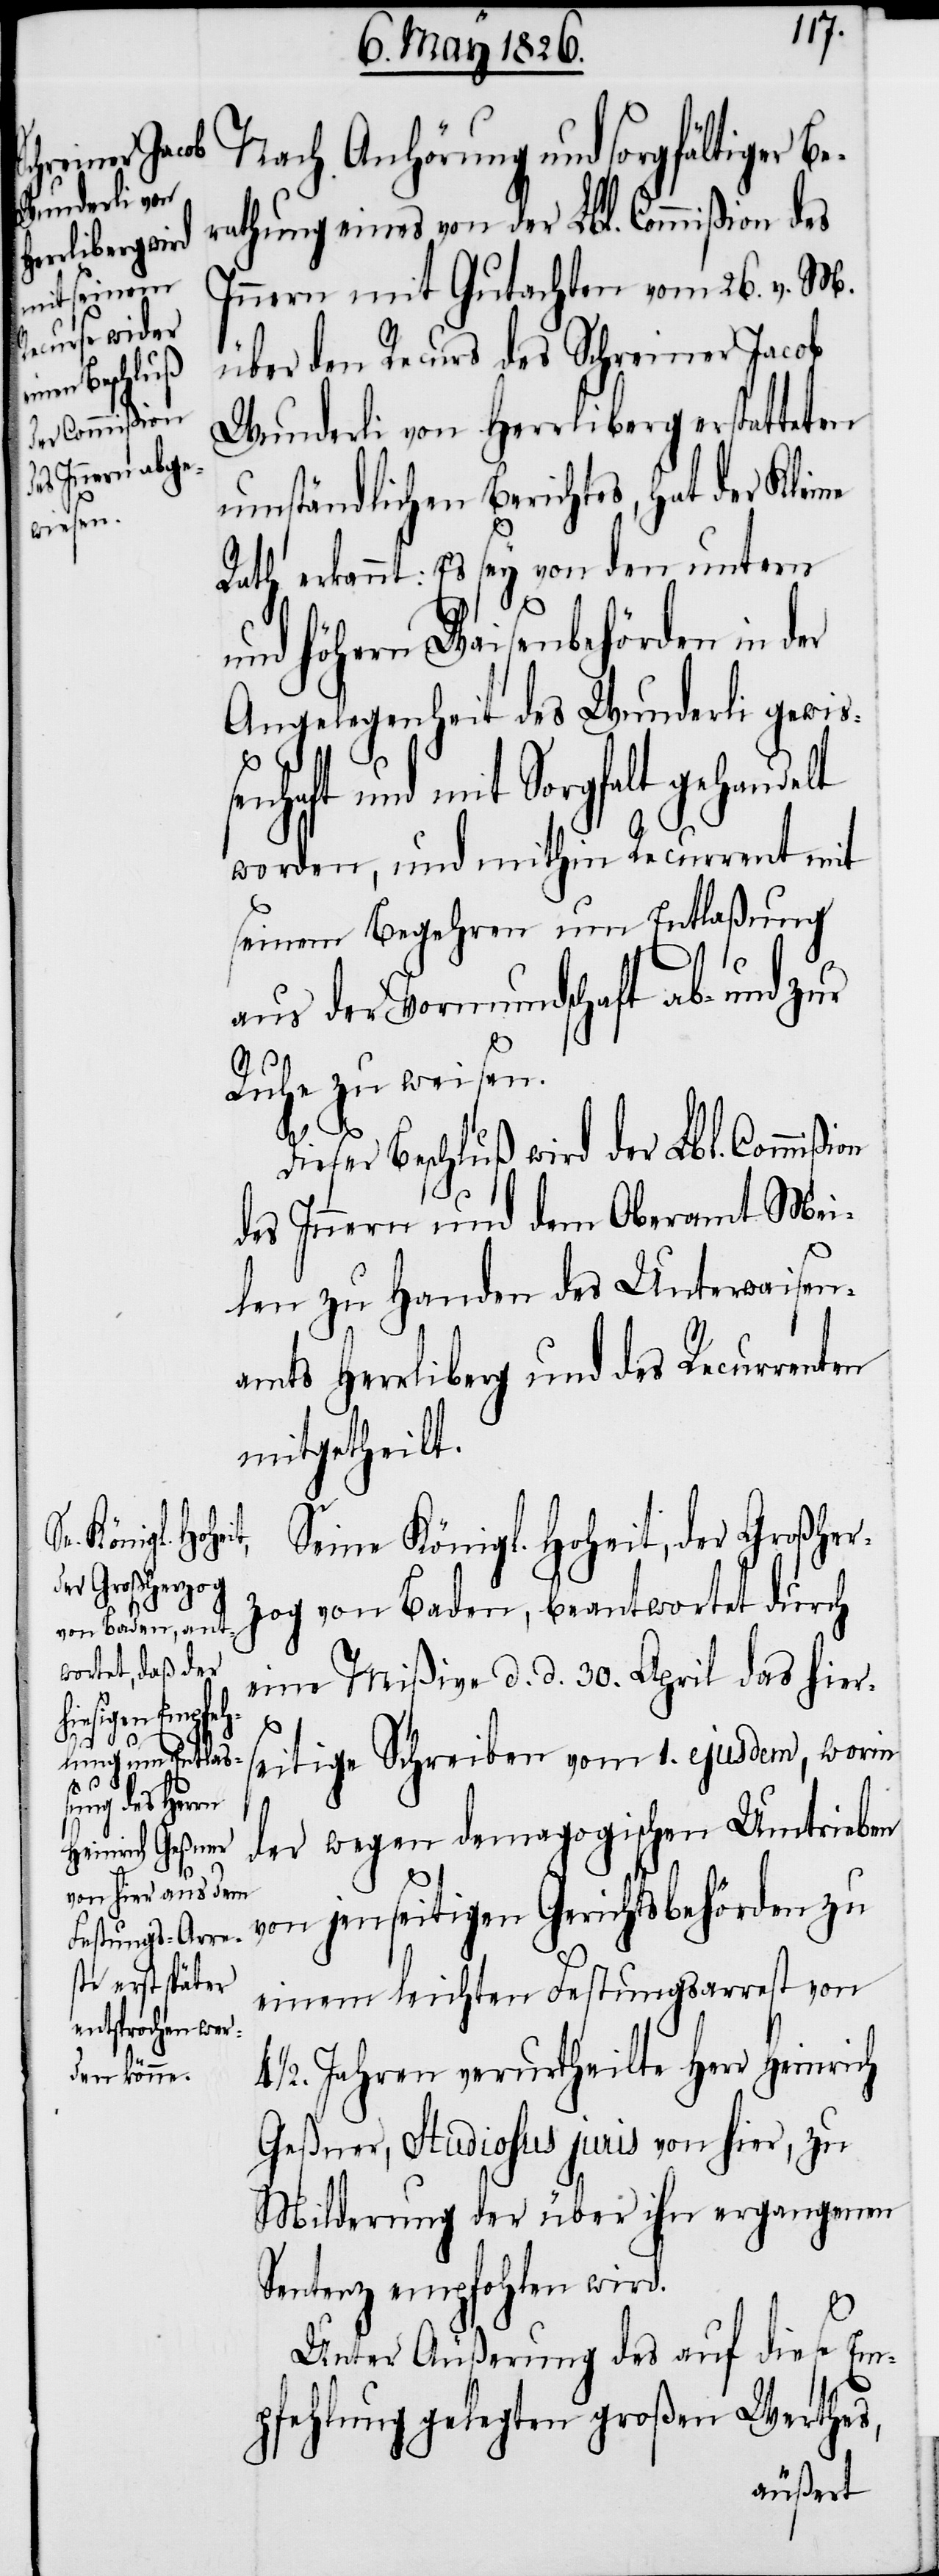
Nach Anhörung und sorgfältiger B¬
erathung eines von der Lbl. Commißion des
Innern mit Gutachten vom 26. v. M.
über den Recurs des Schreiner Jacob
Wunderli von Herrliberg erstatteten
umständlichen Berichtes, hat der Kleine
Rath erkannt: Es sey von den untern
und höhern Waisenbehörden in der
Angelegenheit des Wunderli gewiß¬
enhaft und mit Sorgfalt gehandelt
worden, und mithin Recurrent mit
seinem Begehren um Entlaßung
aus der Vormundschaft ab- und zur
Ruhe zu weisen.
Dieser Beschluß wird der Lbl. Commißi¬
des Innern und dem Oberamt Mei¬
len zu Handen des Unterwaisen¬
amts Herrliberg und des Recurren¬
mitgetheilt.
Seine Königl. Hoheit, der Großher¬
zog von Baden, beantwortet durch
eine Mißive d. d. 30. April das hiers¬
eitige Schreiben vom 1. ejusdem, worin
der wegen demagogischen Umtrieben
von jenseitigen Gerichtsbehörden zu
einem leichten Festungsarrest von
1/2. Jahren verurtheilte Herr Heinrich
Geßner, Studiosus juris von hier, zu
Milderung der über ihn ergangenen
Sentenz empfohlen wird.
ten
Unter Äußerung des auf diese Em¬
pfehlung gelegten großen Werthes,